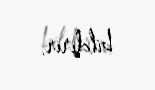
bildirir.